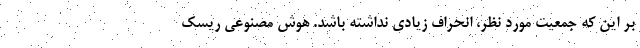
بر این که جمعیت مورد نظر، انحراف زیادی نداشته باشد. هوش مصنوعی ریسک